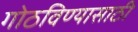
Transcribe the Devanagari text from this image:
गोठविण्यासाठी